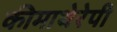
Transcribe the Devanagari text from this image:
कीमाथेरेपी